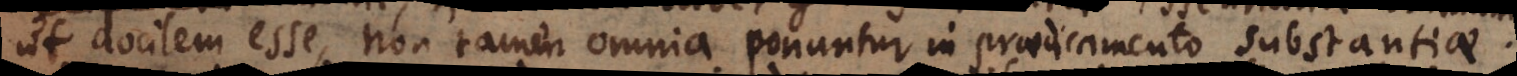
ut docilem esse, non tamen omnia ponuntur in praedicamento substantiae;